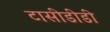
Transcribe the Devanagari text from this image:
टासीडीडी